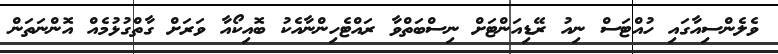
ވެލެންސިއާގައި ހުއްޓަސް ނިއު ރޭޑިއަންޓަށް ނިސްބަތްވާ ރައްޓެހިންނާއެކު ބޮއިކޯއާ ވަރަށް ގާތްގުޅުމެއް އޮންނަތަން